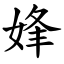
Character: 㛔